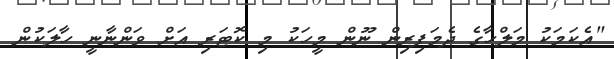
"އެކަމަކު މަލްހާގެ ދެމަފިރިން ނޫން މީހަކު މި ކޮޓަރި އަށް ވަންނާނީ ހާލަކުން